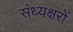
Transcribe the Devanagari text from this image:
संध्यक्षरों